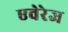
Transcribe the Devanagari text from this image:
एवेरेज